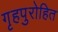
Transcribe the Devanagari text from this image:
गृहपुरोहित